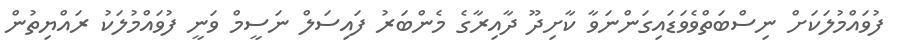
ފުވައްމުލަކަށް ނިސްބަތްވެވަޑައިގަންނަވާ ކާށިދޫ ދާއިރާގެ މެންބަރު ފައިސަލް ނަސީމް ވަނީ ފުވައްމުލަކު ރައްޔިތުން